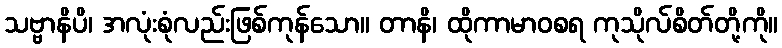
သဗ္ဗာနိပိ၊ အလုံးစုံလည်းဖြစ်ကုန်သော။ တာနိ၊ ထိုကာမာဝစရ ကုသိုလ်စိတ်တို့ကို။